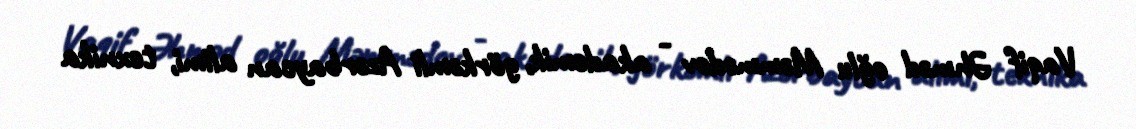
Vaqif Əhməd oğlu Məmmədov - akademik, görkəmli Azərbaycan alimi, texnika